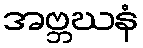
အဗ္ဘဃနံ